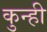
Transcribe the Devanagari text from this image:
कुन्ही